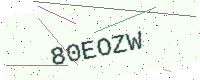
Text: 80EOZW